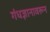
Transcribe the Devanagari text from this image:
गंधज्ञानावरून